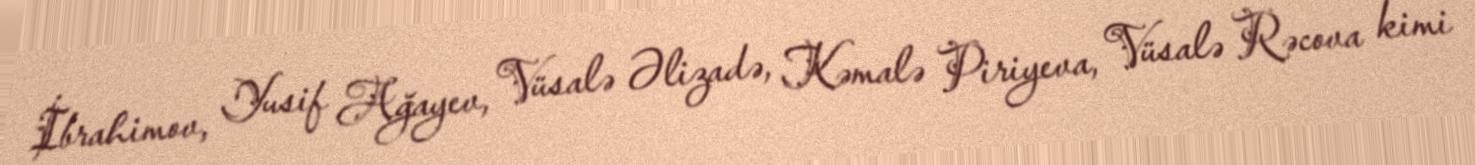
İbrahimov, Yusif Ağayev, Vüsalə Əlizadə, Kəmalə Piriyeva, Vüsalə Rəcova kimi